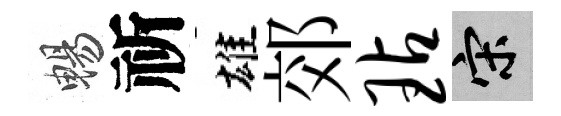
暢祈雄郊玷宋